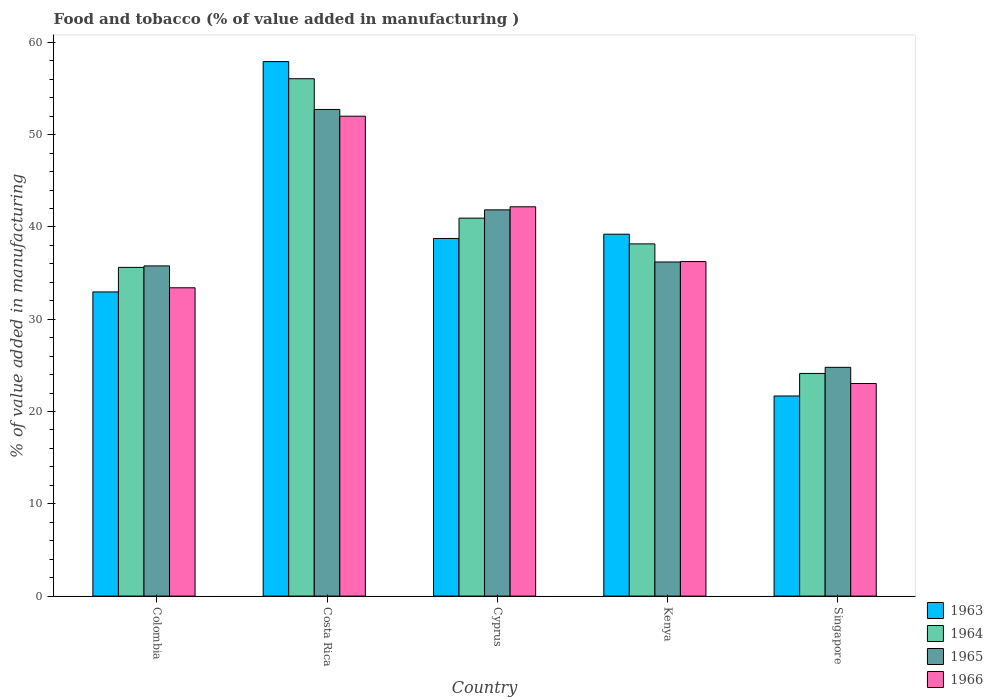
| Country | 1963 | 1964 | 1965 | 1966 |
 | --- | --- | --- | --- | --- |
 | Colombia | 33 | 35.6 | 35.8 | 33.4 |
 | Costa Rica | 57.9 | 56.1 | 52.7 | 52 |
 | Cyprus | 38.8 | 41 | 41.9 | 42.2 |
 | Kenya | 39.2 | 38.2 | 36.2 | 36.3 |
 | Singapore | 21.7 | 24.1 | 24.8 | 23 |